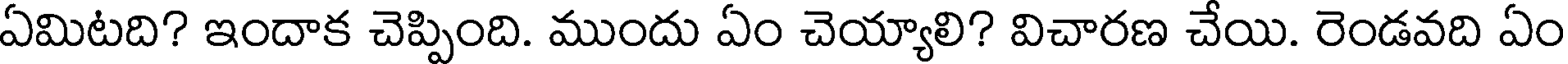
ఏమిటది? ఇందాక చెప్పింది. ముందు ఏం చెయ్యాలి? విచారణ చేయి. రెండవది ఏం